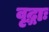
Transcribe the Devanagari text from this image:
वृद्धाः